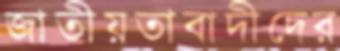
জাতীয়তাবাদীদের